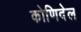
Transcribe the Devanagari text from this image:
कोणिदेल